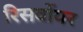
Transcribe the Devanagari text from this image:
रिसर्वोयर